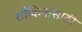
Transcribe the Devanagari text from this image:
शौकिनांसाठी